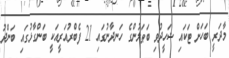
މާދަރީ ބަހަށް ޓަކައި ޝަހީދުވި ބަޠަލުންގެ ހަނދާނުގައި 21 ފެބްރުއަރީއަކީ ބަންގާޅުގައި ބަންދު